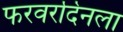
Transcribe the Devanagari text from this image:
फरवरदिनला